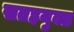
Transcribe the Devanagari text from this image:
सतहयुक्त